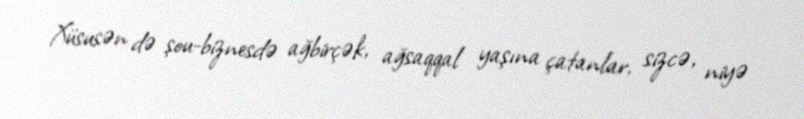
Xüsusən də şou-biznesdə ağbirçək, ağsaqqal yaşına çatanlar, sizcə, niyə